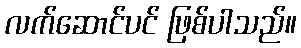
လက်ဆောင်ပင် ဖြစ်ပါသည်။